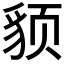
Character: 𬥈